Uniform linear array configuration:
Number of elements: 24
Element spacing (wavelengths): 0.5
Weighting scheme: hamming
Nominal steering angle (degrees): -30
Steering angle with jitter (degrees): -31.148
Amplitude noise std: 0.05
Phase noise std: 0.05

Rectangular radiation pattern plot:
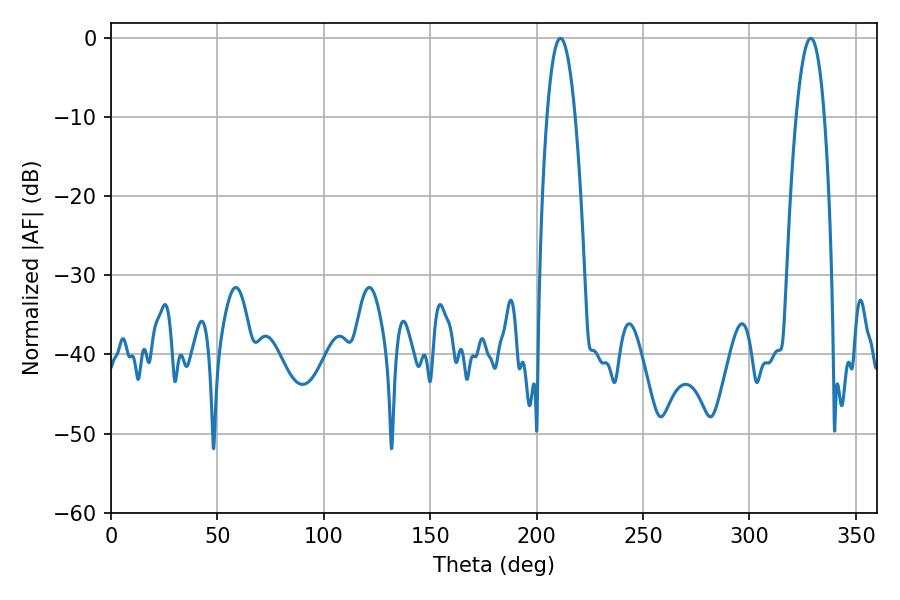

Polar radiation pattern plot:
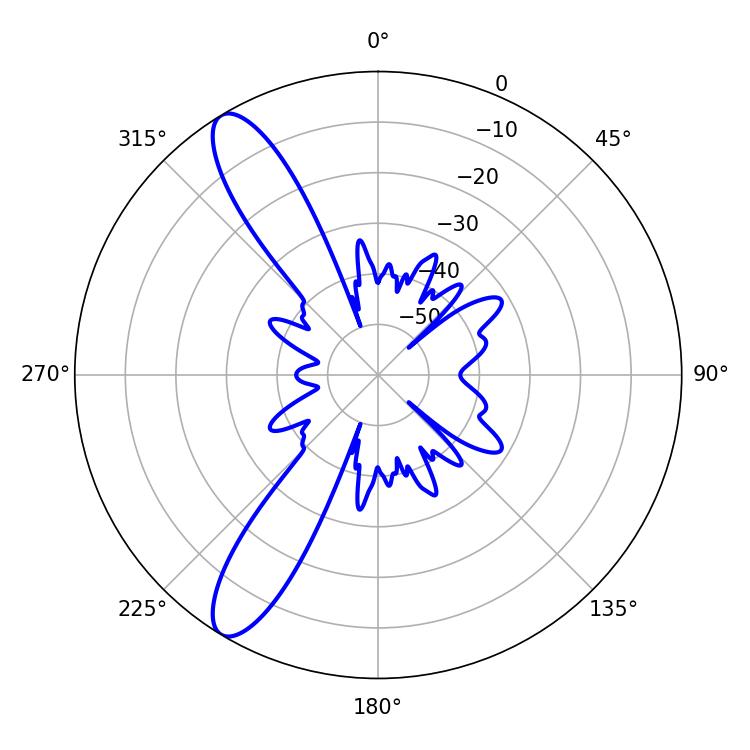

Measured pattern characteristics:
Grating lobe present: FALSE
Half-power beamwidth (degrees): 7.38
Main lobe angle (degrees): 211.14